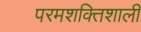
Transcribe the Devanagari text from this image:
परमशक्तिशाली